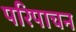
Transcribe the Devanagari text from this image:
परिपाचन